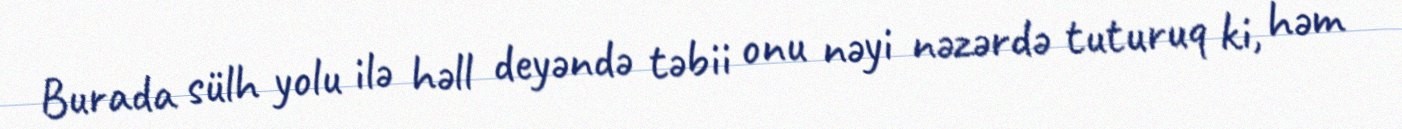
Burada sülh yolu ilə həll deyəndə təbii onu nəyi nəzərdə tuturuq ki, həm